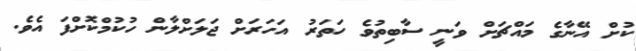
ކުށް އޭނާގެ މައްޗަށް ވަނީ ސާބިތުވެ ހަތަރު އަހަރަށް ޖަލަށްލާން ހުކުމްކޮށްފަ އެވެ.